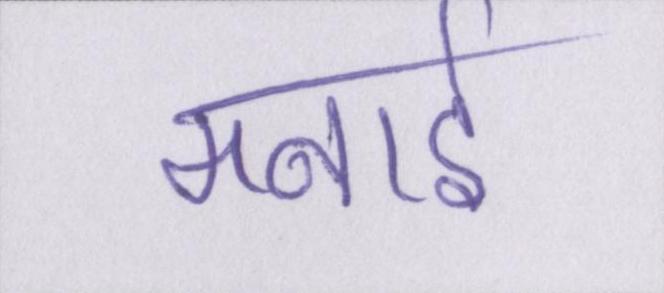
मनाई